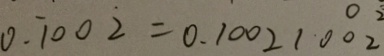
0 . \dot { 1 } 0 0 \dot { 2 } = 0 . 1 0 0 2 1 0 0 2